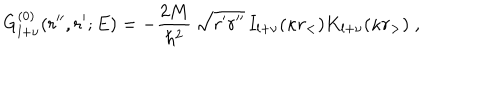
LaTeX: G _ { l + \nu } ^ { ( 0 ) } ( r ^ { \prime \prime } , r ^ { \prime } ; E ) = - \frac { 2 M } { \hbar ^ { 2 } } \, \sqrt { r ^ { \prime } r ^ { \prime \prime } } \, I _ { l + \nu } ( \kappa r _ { < } ) K _ { l + \nu } ( \kappa r _ { > } ) \; ,